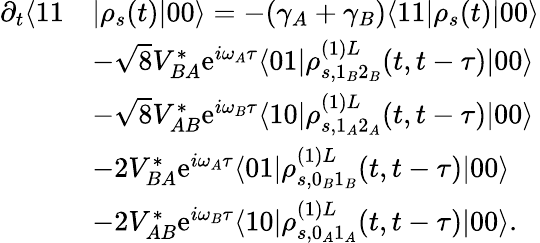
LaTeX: \begin{array}{rl}{\partial_{t}\langle 11}&{|\rho_{s}(t)|00\rangle=-(\gamma_{A}+\gamma_{B})\langle 11|\rho_{s}(t)|00\rangle}\\ &{-\sqrt{8}V_{BA}^{*}\mathrm{e}^{i\omega_{A}\tau}\langle 01|\rho_{s,1_{B}2_{B}}^{(1)L}(t,t-\tau)|00\rangle}\\ &{-\sqrt{8}V_{AB}^{*}\mathrm{e}^{i\omega_{B}\tau}\langle 10|\rho_{s,1_{A}2_{A}}^{(1)L}(t,t-\tau)|00\rangle}\\ &{-2V_{BA}^{*}\mathrm{e}^{i\omega_{A}\tau}\langle 01|\rho_{s,0_{B}1_{B}}^{(1)L}(t,t-\tau)|00\rangle}\\ &{-2V_{AB}^{*}\mathrm{e}^{i\omega_{B}\tau}\langle 10|\rho_{s,0_{A}1_{A}}^{(1)L}(t,t-\tau)|00\rangle.}\end{array}